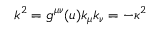
k ^ { 2 } = g ^ { \mu \nu } ( u ) k _ { \mu } k _ { \nu } = - \kappa ^ { 2 }